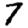
Digit: 7